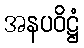
အနပဝိဋ္ဌံ